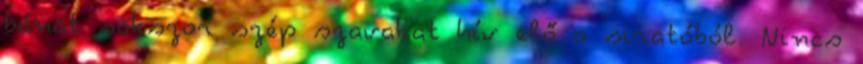
bánat sokszor szép szavakat hív elő a siratóból. Nincs